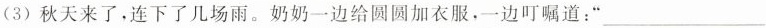
(3)秋天来了，连下了几场雨。奶奶一边给圆圆加衣服，一边叮嘱道：”___